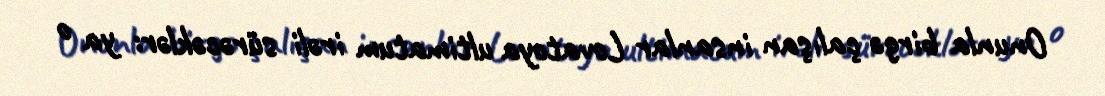
Onunla birgə çalışan insanlar Lovatoya ultimatum irəli sürəcəklər: ya o